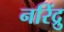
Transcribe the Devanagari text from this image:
नरिंद्रु